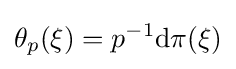
\theta _{p}(\xi )=p^{-1}\mathrm {d} \pi (\xi )